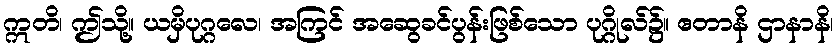
ဣတိ၊ ဤသို့။ ယမှိပုဂ္ဂလေ၊ အကြင် အဆွေခင်ပွန်းဖြစ်သော ပုဂ္ဂိုလ်၌။ ဧတာနိ ဌာနာနိ၊